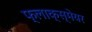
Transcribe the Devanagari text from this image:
फ्लाक्स्मेयर